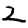
Digit: 2